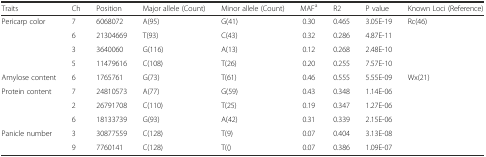
| Traits | Ch | Position | Major allele (Count) | Minor allele (Count) | MAFa | R2 | P value | Known Loci (Reference) |
 | --- | --- | --- | --- | --- | --- | --- | --- | --- |
 | Pericarp color | 7 | 6068072 | A(95) | G(41) | 0.30 | 0.465 | 3.05E-19 | Rc(46) |
 |  | 6 | 21304669 | T(93) | C(43) | 0.32 | 0.286 | 4.87E-11 |  |
 |  | 3 | 3640060 | G(116) | A(13) | 0.12 | 0.268 | 2.48E-10 |  |
 |  | 5 | 11479616 | C(108) | T(26) | 0.20 | 0.255 | 7.57E-10 |  |
 | Amylose content | 6 | 1765761 | G(73) | T(61) | 0.46 | 0.555 | 5.55E-09 | Wx(21) |
 | Protein content | 7 | 24810573 | A(77) | G(59) | 0.43 | 0.348 | 1.14E-06 |  |
 |  | 2 | 26791708 | C(110) | T(25) | 0.19 | 0.347 | 1.27E-06 |  |
 |  | 6 | 18133739 | G(93) | A(42) | 0.31 | 0.339 | 2.15E-06 |  |
 | Panicle number | 3 | 30877559 | C(128) | T(9) | 0.07 | 0.404 | 3.13E-08 |  |
 |  | 9 | 7760141 | C(128) | T(() | 0.07 | 0.386 | 1.09E-07 |  |